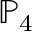
\mathbb { P } _ { 4 }